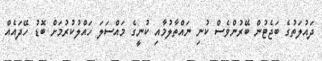
ދައުލަތުގެ ބަޖެޓުން ބޭރުންވެސް ކުނި ނައްތާލުމާއި ކުނީގެ މައްސަލަ ހައްލުކުރުމަށް ބޮޑު ހޭދައެއް